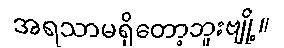
အရသာမရှိတော့ဘူးဗျို့။